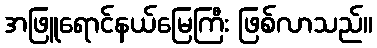
အဖြူရောင်နယ်မြေကြီး ဖြစ်လာသည်။